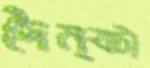
দৈন্যটা